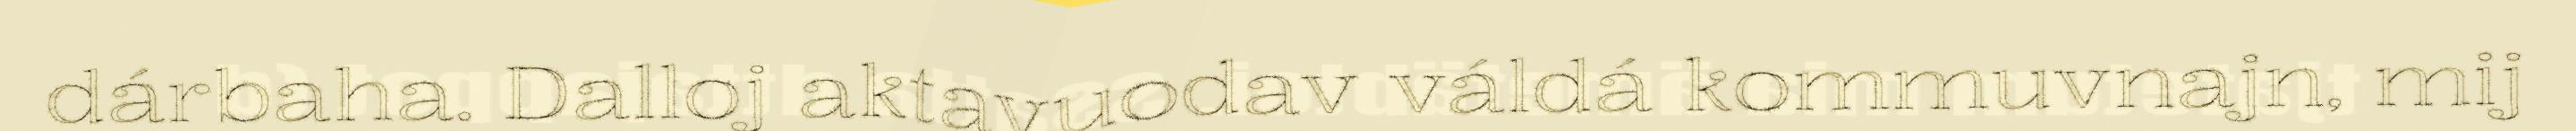
dárbaha. Dalloj aktavuodav váldá kommuvnajn, mij